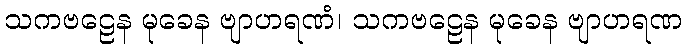
သကဗဠေန မုခေန ဗျာဟရဏံ၊ သကဗဠေန မုခေန ဗျာဟရဏ